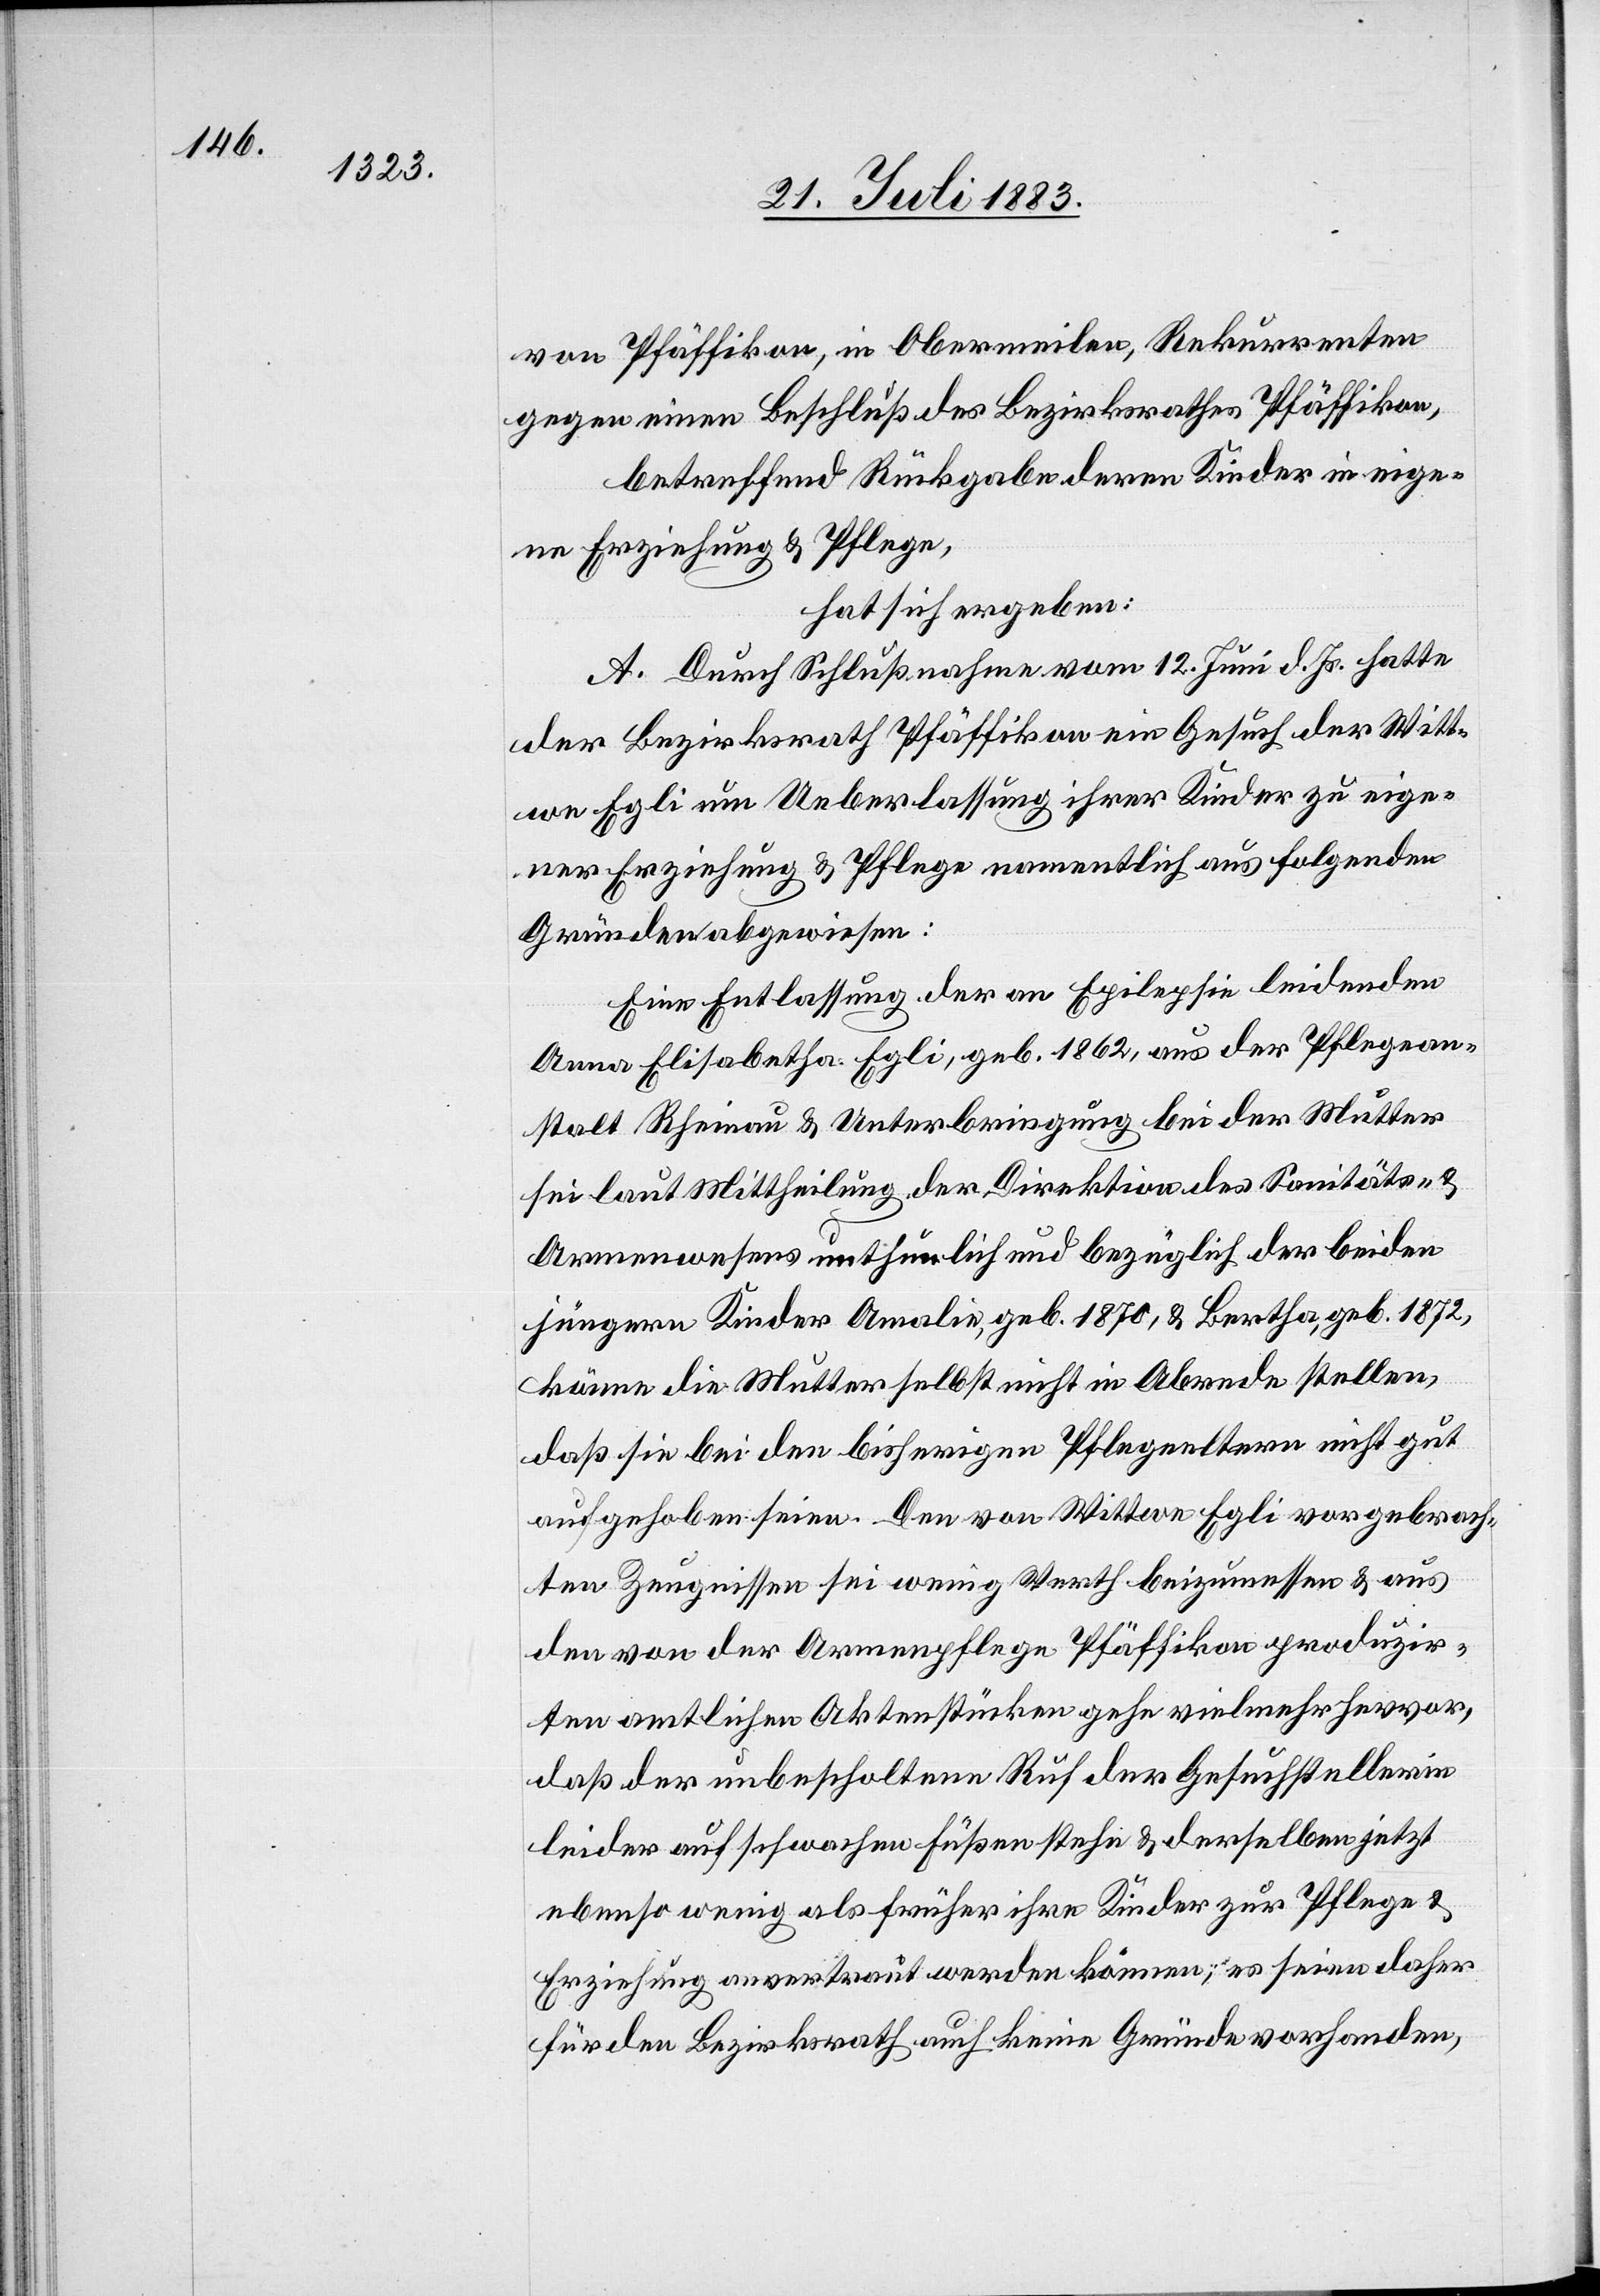
von Pfäffikon, in Obermeilen, Rekurrenten
gegen einen Beschluß des Bezirksrathes Pfäffikon,
betreffend Rückgabe deren Kinder in eige¬
ne Erziehung & Pflege,
hat sich ergeben:
A. Durch Schlußnahme vom 12. Juni d. Js. hatte
der Bezirksrath Pfäffikon ein Gesuch der Witt¬
we Egli um Ueberlassung ihrer Kinder zu eige¬
ner Erziehung & Pflege namentlich aus folgenden
Gründen abgewiesen:
Eine Entlassung der an Epilepsie leidenden
Anna Elisabetha Egli, geb. 1862, aus der Pflegean¬
stalt Rheinau & Unterbringung bei der Mutter
sei laut Mittheilung der Direktion des Sanitäts- &
Armenwesens unthunlich und bezüglich der beiden
jüngern Kinder Amalie, geb. 1870, & Bertha, geb. 1872,
könne die Mutter selbst nicht in Abrede stellen,
daß sie bei den bisherigen Pflegeeltern nicht gut
aufgehoben seien [sic!]. Den von Wittwe Egli vorgebrach¬
ten Zeugnissen sei wenig Werth beizumessen & aus
den von der Armenpflege Pfäffikon produzir¬
ten amtlichen Aktenstücken gehe vielmehr hervor,
daß der unbescholtene Ruf der Gesuchstellerin
leider auf schwachen Füßen stehe & derselben jetzt
ebenso wenig als früher ihre Kinder zur Pflege &
Erziehung anvertraut werden können; es seien daher
für den Bezirksrath auch keine Gründe vorhanden,